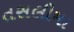
તસલીમા